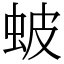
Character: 蚾